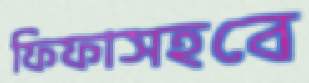
ফিফাসহবে